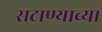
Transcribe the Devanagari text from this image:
सटाण्याच्या